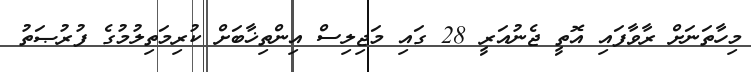
މިހާތަނަށް ރާވާފައި އޮތީ ޖެނުއަރީ 28 ގައި މަޖިލިސް އިންތިޚާބަށް ކުރިމަތިލުމުގެ ފުރުޞަތު